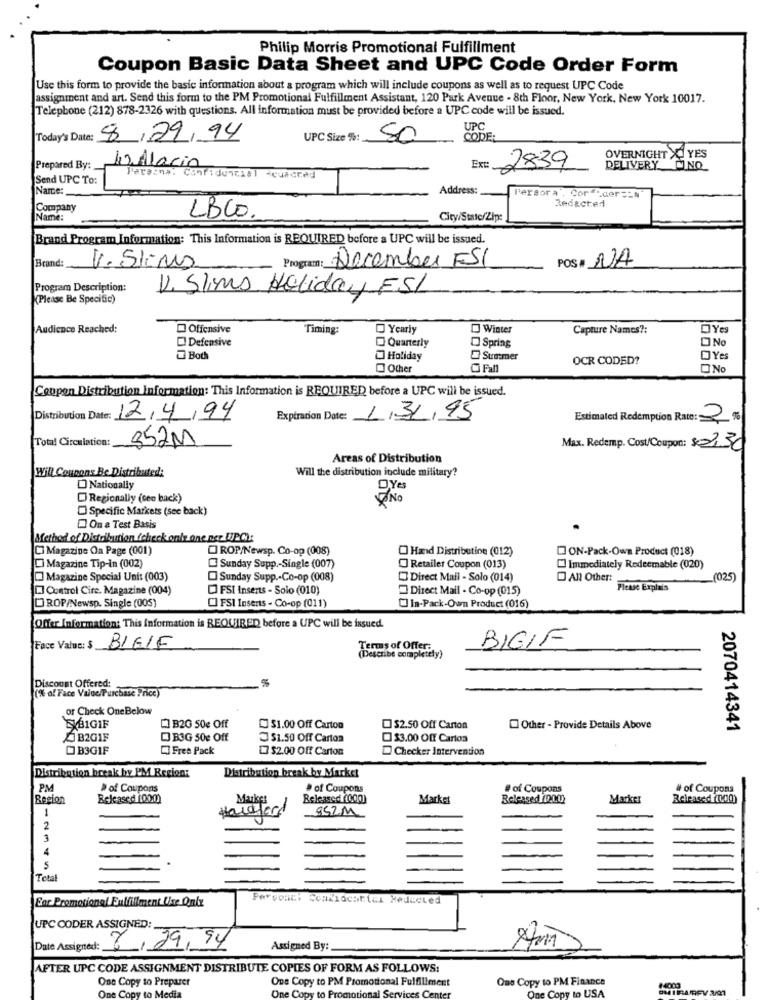
Philip Morris Promotional Fulfillment
Coupon Basic Data Sheet and UPC Code Order Form
Use this form to provide the basic information about a program which will include coupons as well as to request UPC Code
assignment and art. Send this form to the PM Promotional Fulfillment Assistant, 120 Park Avenue - 8th Floor, New York, New York 10017.
Telephone (212) 878-2326 with questions. All information must be provided before a UPC code will be issued.
UPC
Today's Date: 8/09/94
UPC Size %:
50
CODE:
42 Alacin
OVERNIGHT X_ YES
Prepared By:
Ex:
2839
DELIVERY NO
Send UPC To:
Para:na: Confidencial ceuxcred
Name:
Address:
P'ersora , Cor.der == N
Redacted
Company
LBCO.
Name:
City/State/Zip:
Brand Program Information: This Information is REQUIRED before a UPC will be issued.
Program: December ESI
POS * NA
Brand:
V. Slims
Program Description:
V. Slims Holiday ESI
(Please Be Specific)
Audience Reached:
Offensive
Timing:
Yearly
Winter
Capture Names ?:
DYes
Defensive
Spring
No
Quarterly
Both
Holiday
Summer
OCR CODED?
OYes
Other
O Fall
O No
Coupon Distribution Information: This Information is REQUIRED before a UPC will be issued.
Distribution Date: 12/4/94
Expiration Date: 1/31/95
Estimated Redemption Rate: 2 %
Total Circulation:
352 M
Max. Redemp. Cost/Coupon: $2.30
Areas of Distribution
Will Coupons Be Distributed:
Will the distribution include military?
Nationally
DYes
Regionally (cee back)
NO
Specific Markets (see back)
On a Test Basis
Method of Distribution (check only one per UPC):
Ci Magazine On Page (001)
ROP/Newsp. Co-op (008)
O Hand Distribution (012)
CON-Pack-Own Product (018)
Magazine Tip-in (002)
Sunday Supp .- Single (007)
O Retailer Coupon (013)
Immediately Redeemable (020)
Magazine Special Uni: (003)
Sunday Supp .- Co-op (008)
Direct Mail - Solo (014)
An Other:
__ (025)
Control Cire. Magazine (004)
[] FSI Inserts - Solo (010)
Direct Mail - Co-op (015)
Please Explain
DROP/Newsp. Single (005)
CI FSI Inserts - Co-op (011)
in-Pack-Our Product (016)
Offer Information: This Information is REQUIRED before a UPC will be issued.
BIGIF
Face Value: $ BIGIF
Terms of Offer:
(Describe completely)
%
Discount Offered:
(% of Face Value/Purchase Price)
or Check OneBelow
EXBIGIF
[] B2G 50e Off
$1.00 Off Carton
$2.50 Off Carton
Other - Provide Details Above
2070414341
B2GIF
DJ B3G 50e Off
$1.50 Off Carton
$3.00 Off Carlos
B3GIF
Free Pack
$2.00 Off Carton
Checker Intervention
Distribution break by PM Region:
Distribution break by Market
PM
» of Coupons
# of Coupons
# of Coupons
# of Coupons
Region
Released 1000)
Market
Released (000)
Market
ReleasedM2.LU
Marker
Released (000)
1
952.M
2
3
4
5
Total
Ear Promotional Fulfillment Use Only
Fercoach Comlidcatiel Reducted
UPC CODER ASSIGNED:
8/29/94
Date Assigned:
Assigned By:
AFTER UPC CODE ASSIGNMENT DISTRIBUTE COPIES OF FORM AS FOLLOWS:
One Copy to Preparer
One Copy to PM Finance
One Copy to PM Promotional Fulfillment
One Copy to USA
One Copy to Media
One Copy to P
Services Center